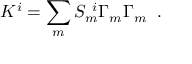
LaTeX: K ^ { i } = \sum _ { m } S _ { m } ^ { ~ i } \Gamma _ { m } \Gamma _ { m } \; \; .